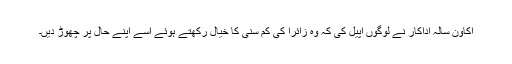
اکاون سالہ اداکار نے لوگوں اپیل کی کہ وہ زائرا کی کم سنی کا خیال رکھتے ہوئے اُسے اپنے حال پر چھوڑ دیں۔